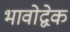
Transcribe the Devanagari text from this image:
भावोद्वेक